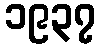
၁၉၃၇